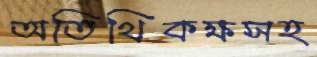
অতিথিকক্ষসহ